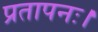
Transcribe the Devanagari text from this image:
प्रतापनः।